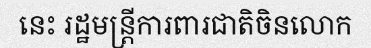
នេះ រដ្ឋមន្ត្រីការពារជាតិចិនលោក